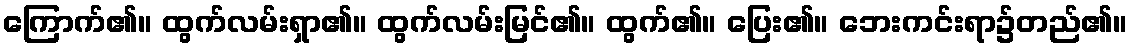
ကြောက်၏။ ထွက်လမ်းရှာ၏။ ထွက်လမ်းမြင်၏။ ထွက်၏။ ပြေး၏။ ဘေးကင်းရာ၌တည်၏။